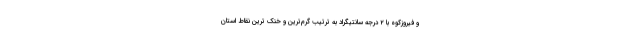
و فیروزکوه با ۲ درجه سانتیگراد به ترتیب گرم‌ترین و خنک ترین نقاط استان